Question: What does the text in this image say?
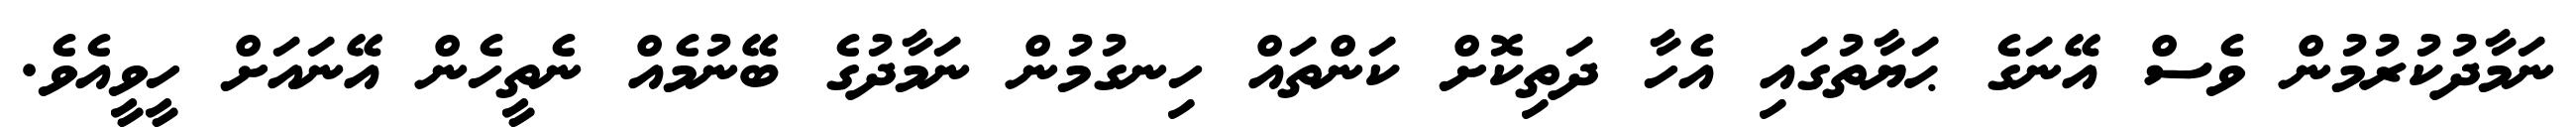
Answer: ނަމާދުކުރުމުން ވެސް އޭނަގެ ޙަޔާތުގައި އެހާ ދަތިކޮށް ކަންތައް ހިނގުމުން ނަމާދުގެ ބޭނުމެއް ނެތީހެން އޭނައަށް ހީވީއެވެ.